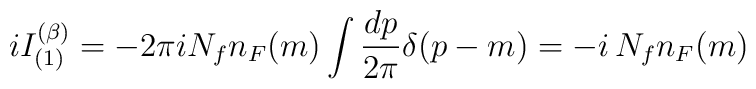
iI_{(1)}^{(\beta)}=-2\pi i N_{f} n_F(m)\int {dp\over 2\pi} \delta(p-m)=-i\,N_{f}n_F(m)